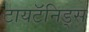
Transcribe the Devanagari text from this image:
टायटॅनिड्स